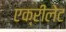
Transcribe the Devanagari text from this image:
एक्रीलेट